Annual returns of the Patna Lunatic Asylum at Bankipore in Bihar and Orissa - 1912-1924
Year: 1912
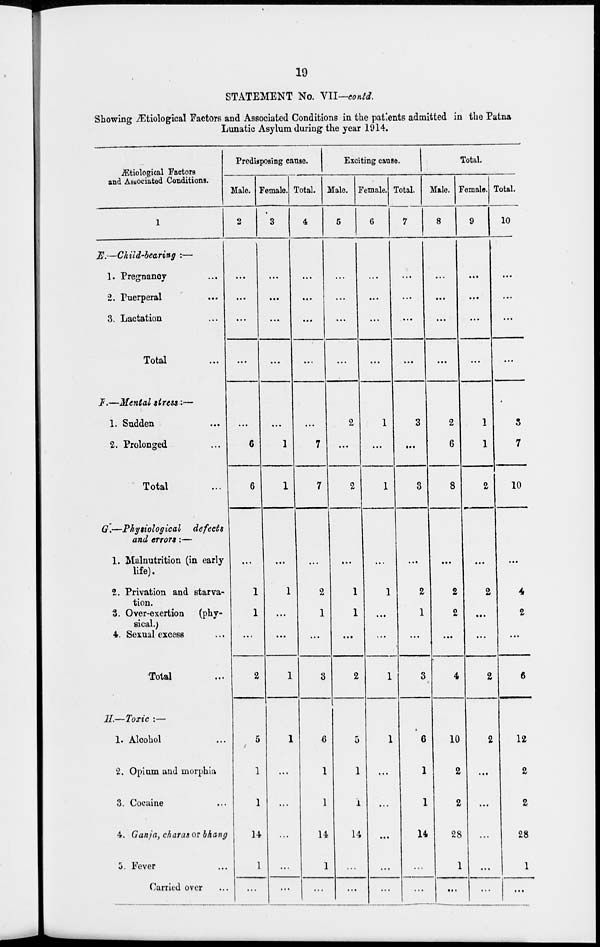
19
STATEMENT No. VII—contd.
Showing Ætiological Factors and Associated Conditions in the patients admitted in the Patna
Lunatic Asylum during the year 1914,
Ætiological Factors
and Associated Conditions.
1
E.—Child-bearing :—
1. Pregnancy ...
2. Puerperal ...
3. Lactation ...
Total ...
F.—Mental
stress:—
1. Sudden ...
2. Prolonged ...
Total ...
G.—Physiological
defects
and errors:—
1. Malnutrition (in early
life).
2. Privation and starva-
tion.
3. Over-exertion
(phy-
sical.)
4. Sexual excess ...
Total ...
H.—Toxic :—
1. Alcohol ...
2. Opium and morphia
3. Cocaine ...
4. Ganja, charas or bhang
5. Fever ...
Carried over ...
Predisposing cause.
Male.
2
...
...
...
...
...
6
6
...
1
1
...
2
5
1
1
14
1
...
Female.
3
...
...
...
...
...
1
1
...
1
...
...
1
1
...
...
...
...
...
Total.
4
...
...
...
...
...
7
7
...
2
1
...
3
6
1
1
14
1
...
Exciting cause.
Male.
5
...
...
...
...
2
...
2
...
1
1
...
2
5
1
1
14
...
...
Female.
6
...
...
...
...
1
...
1
...
1
...
...
1
1
...
...
...
...
...
Total.
7
...
...
...
...
3
...
3
...
2
1
...
3
6
1
1
14
...
...
Total.
Male.
8
...
...
...
...
2
6
8
...
2
2
...
4
10
2
2
28
1
...
Female.
9
...
...
...
...
1
1
2
...
2
...
...
2
2
...
...
...
...
...
Total.
10
...
...
...
...
3
7
10
...
4
2
...
6
12
2
2
28
1
...